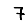
Digit: 7